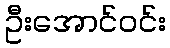
ဦးအောင်ဝင်း